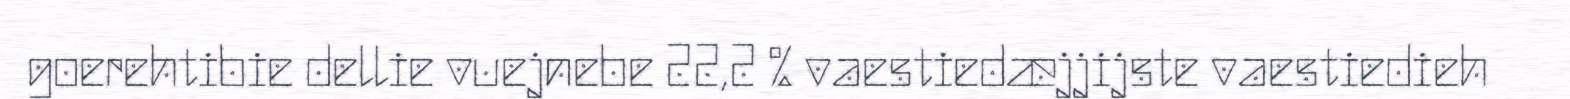
goerehtibie dellie vuejnebe 22,2 % vaestiedæjjijste vaestiedieh